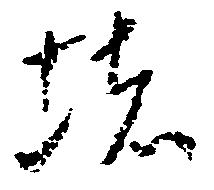
堵